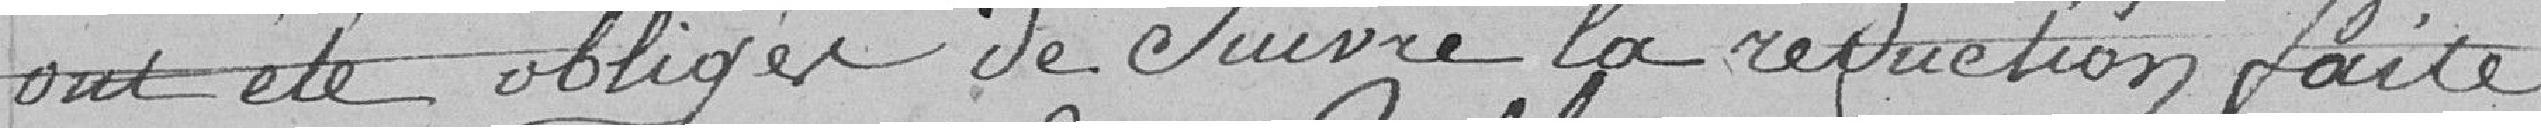
eut été obligé de suivre la réduction faite